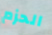
الحزم